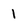
Character: 1